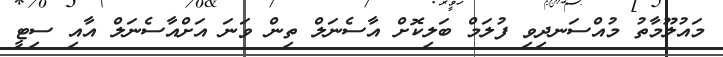
މައުލޫމާތު މުއްސަނދިވި ފުލަމް ބަލިކޮށް އާސެނަލް ތިން ވަނަ އަށްއާސެނަލް އާއި ސިޓީ